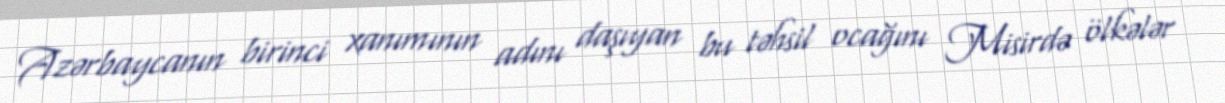
Azərbaycanın birinci xanımının adını daşıyan bu təhsil ocağını Misirdə ölkələr